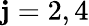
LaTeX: \mathbf{j}=2,4